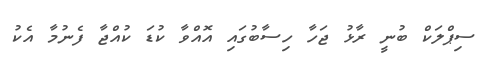
ސިޕްލަކް ބުނީ ރާޅު ޖަހާ ހިސާބުގައި އޮއްވާ ކުޑަ ކުއްޖާ ފެނުމާ އެކު